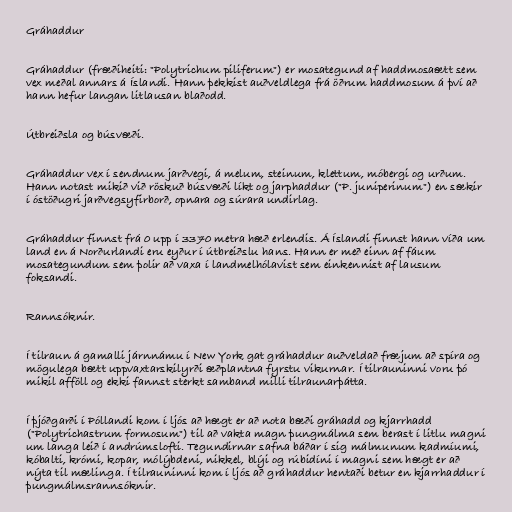
Gráhaddur

Gráhaddur (fræðiheiti: "Polytrichum piliferum") er mosategund af haddmosaætt sem
vex meðal annars á Íslandi. Hann þekkist auðveldlega frá öðrum haddmosum á því að
hann hefur langan litlausan blaðodd.

Útbreiðsla og búsvæði.

Gráhaddur vex í sendnum jarðvegi, á melum, steinum, klettum, móbergi og urðum.
Hann notast mikið við röskuð búsvæði líkt og jarphaddur ("P. juniperinum") en sækir
í óstöðugri jarðvegsyfirborð, opnara og súrara undirlag.

Gráhaddur finnst frá 0 upp í 3370 metra hæð erlendis. Á Íslandi finnst hann víða um
land en á Norðurlandi eru eyður í útbreiðslu hans. Hann er með einn af fáum
mosategundum sem þolir að vaxa í landmelhólavist sem einkennist af lausum
foksandi.

Rannsóknir.

Í tilraun á gamalli járnnámu í New York gat gráhaddur auðveldað fræjum að spíra og
mögulega bætt uppvaxtarskilyrði æðplantna fyrstu vikurnar. Í tilrauninni voru þó
mikil afföll og ekki fannst sterkt samband milli tilraunarþátta.

Í þjóðgarði í Póllandi kom í ljós að hægt er að nota bæði gráhadd og kjarrhadd
("Polytrichastrum formosum") til að vakta magn þungmálma sem berast í litlu magni
um langa leið í andrúmslofti. Tegundirnar safna báðar í sig málmunum kadmíumi,
kóbalti, krómi, kopar, mólýbdeni, nikkel, blýi og rúbidíni í magni sem hægt er að
nýta til mælinga. Í tilrauninni kom í ljós að gráhaddur hentaði betur en kjarrhaddur í
þungmálmsrannsóknir.